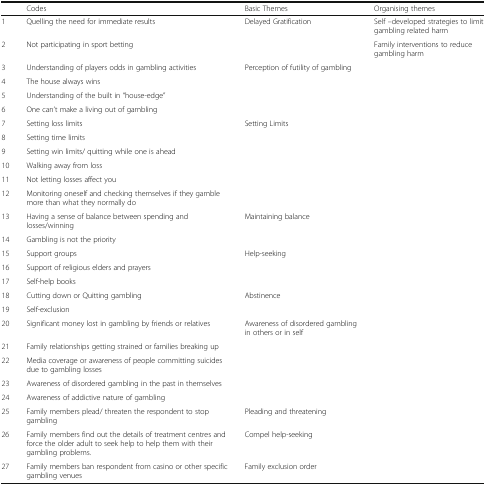
<table><thead><tr><td></td><td><b>Codes</b></td><td><b>Basic Themes</b></td><td><b>Organising themes</b></td></tr></thead><tbody><tr><td>1</td><td>Quelling the need for immediate results</td><td>Delayed Gratification</td><td>Self –developed strategies to limit gambling related harm</td></tr><tr><td>2</td><td>Not participating in sport betting</td><td></td><td>Family interventions to reduce gambling harm</td></tr><tr><td>3</td><td>Understanding of players odds in gambling activities</td><td>Perception of futility of gambling</td><td></td></tr><tr><td>4</td><td>The house always wins</td><td></td><td></td></tr><tr><td>5</td><td>Understanding of the built in “house-edge”</td><td></td><td></td></tr><tr><td>6</td><td>One can’t make a living out of gambling</td><td></td><td></td></tr><tr><td>7</td><td>Setting loss limits</td><td>Setting Limits</td><td></td></tr><tr><td>8</td><td>Setting time limits</td><td></td><td></td></tr><tr><td>9</td><td>Setting win limits/ quitting while one is ahead</td><td></td><td></td></tr><tr><td>10</td><td>Walking away from loss</td><td></td><td></td></tr><tr><td>11</td><td>Not letting losses affect you</td><td></td><td></td></tr><tr><td>12</td><td>Monitoring oneself and checking themselves if they gamble more than what they normally do</td><td></td><td></td></tr><tr><td>13</td><td>Having a sense of balance between spending and losses/winning</td><td>Maintaining balance</td><td></td></tr><tr><td>14</td><td>Gambling is not the priority</td><td></td><td></td></tr><tr><td>15</td><td>Support groups</td><td>Help-seeking</td><td></td></tr><tr><td>16</td><td>Support of religious elders and prayers</td><td></td><td></td></tr><tr><td>17</td><td>Self-help books</td><td></td><td></td></tr><tr><td>18</td><td>Cutting down or Quitting gambling</td><td>Abstinence</td><td></td></tr><tr><td>19</td><td>Self-exclusion</td><td></td><td></td></tr><tr><td>20</td><td>Significant money lost in gambling by friends or relatives</td><td>Awareness of disordered gambling in others or in self</td><td></td></tr><tr><td>21</td><td>Family relationships getting strained or families breaking up</td><td></td><td></td></tr><tr><td>22</td><td>Media coverage or awareness of people committing suicides due to gambling losses</td><td></td><td></td></tr><tr><td>23</td><td>Awareness of disordered gambling in the past in themselves</td><td></td><td></td></tr><tr><td>24</td><td>Awareness of addictive nature of gambling</td><td></td><td></td></tr><tr><td>25</td><td>Family members plead/ threaten the respondent to stop gambling</td><td>Pleading and threatening</td><td></td></tr><tr><td>26</td><td>Family members find out the details of treatment centres and force the older adult to seek help to help them with their gambling problems.</td><td>Compel help-seeking</td><td></td></tr><tr><td>27</td><td>Family members ban respondent from casino or other specific gambling venues</td><td>Family exclusion order</td><td></td></tr></tbody></table>